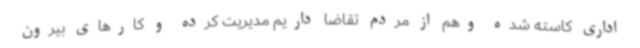
اداری کاسته شده وهم از مردم تقاضا داریم مدیریت کرده و کارهای بیرون